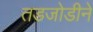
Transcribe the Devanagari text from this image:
तडजोडीने